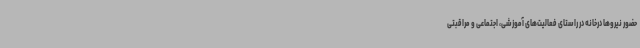
حضور نیروها درخانه در راستای فعالیت‌های آموزشی، اجتماعی و مراقبتی